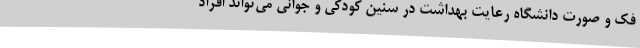
فک و صورت دانشگاه رعایت بهداشت در سنین کودکی و جوانی می‌تواند افراد